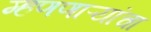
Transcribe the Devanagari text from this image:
म्हणणाऱ्यांचा